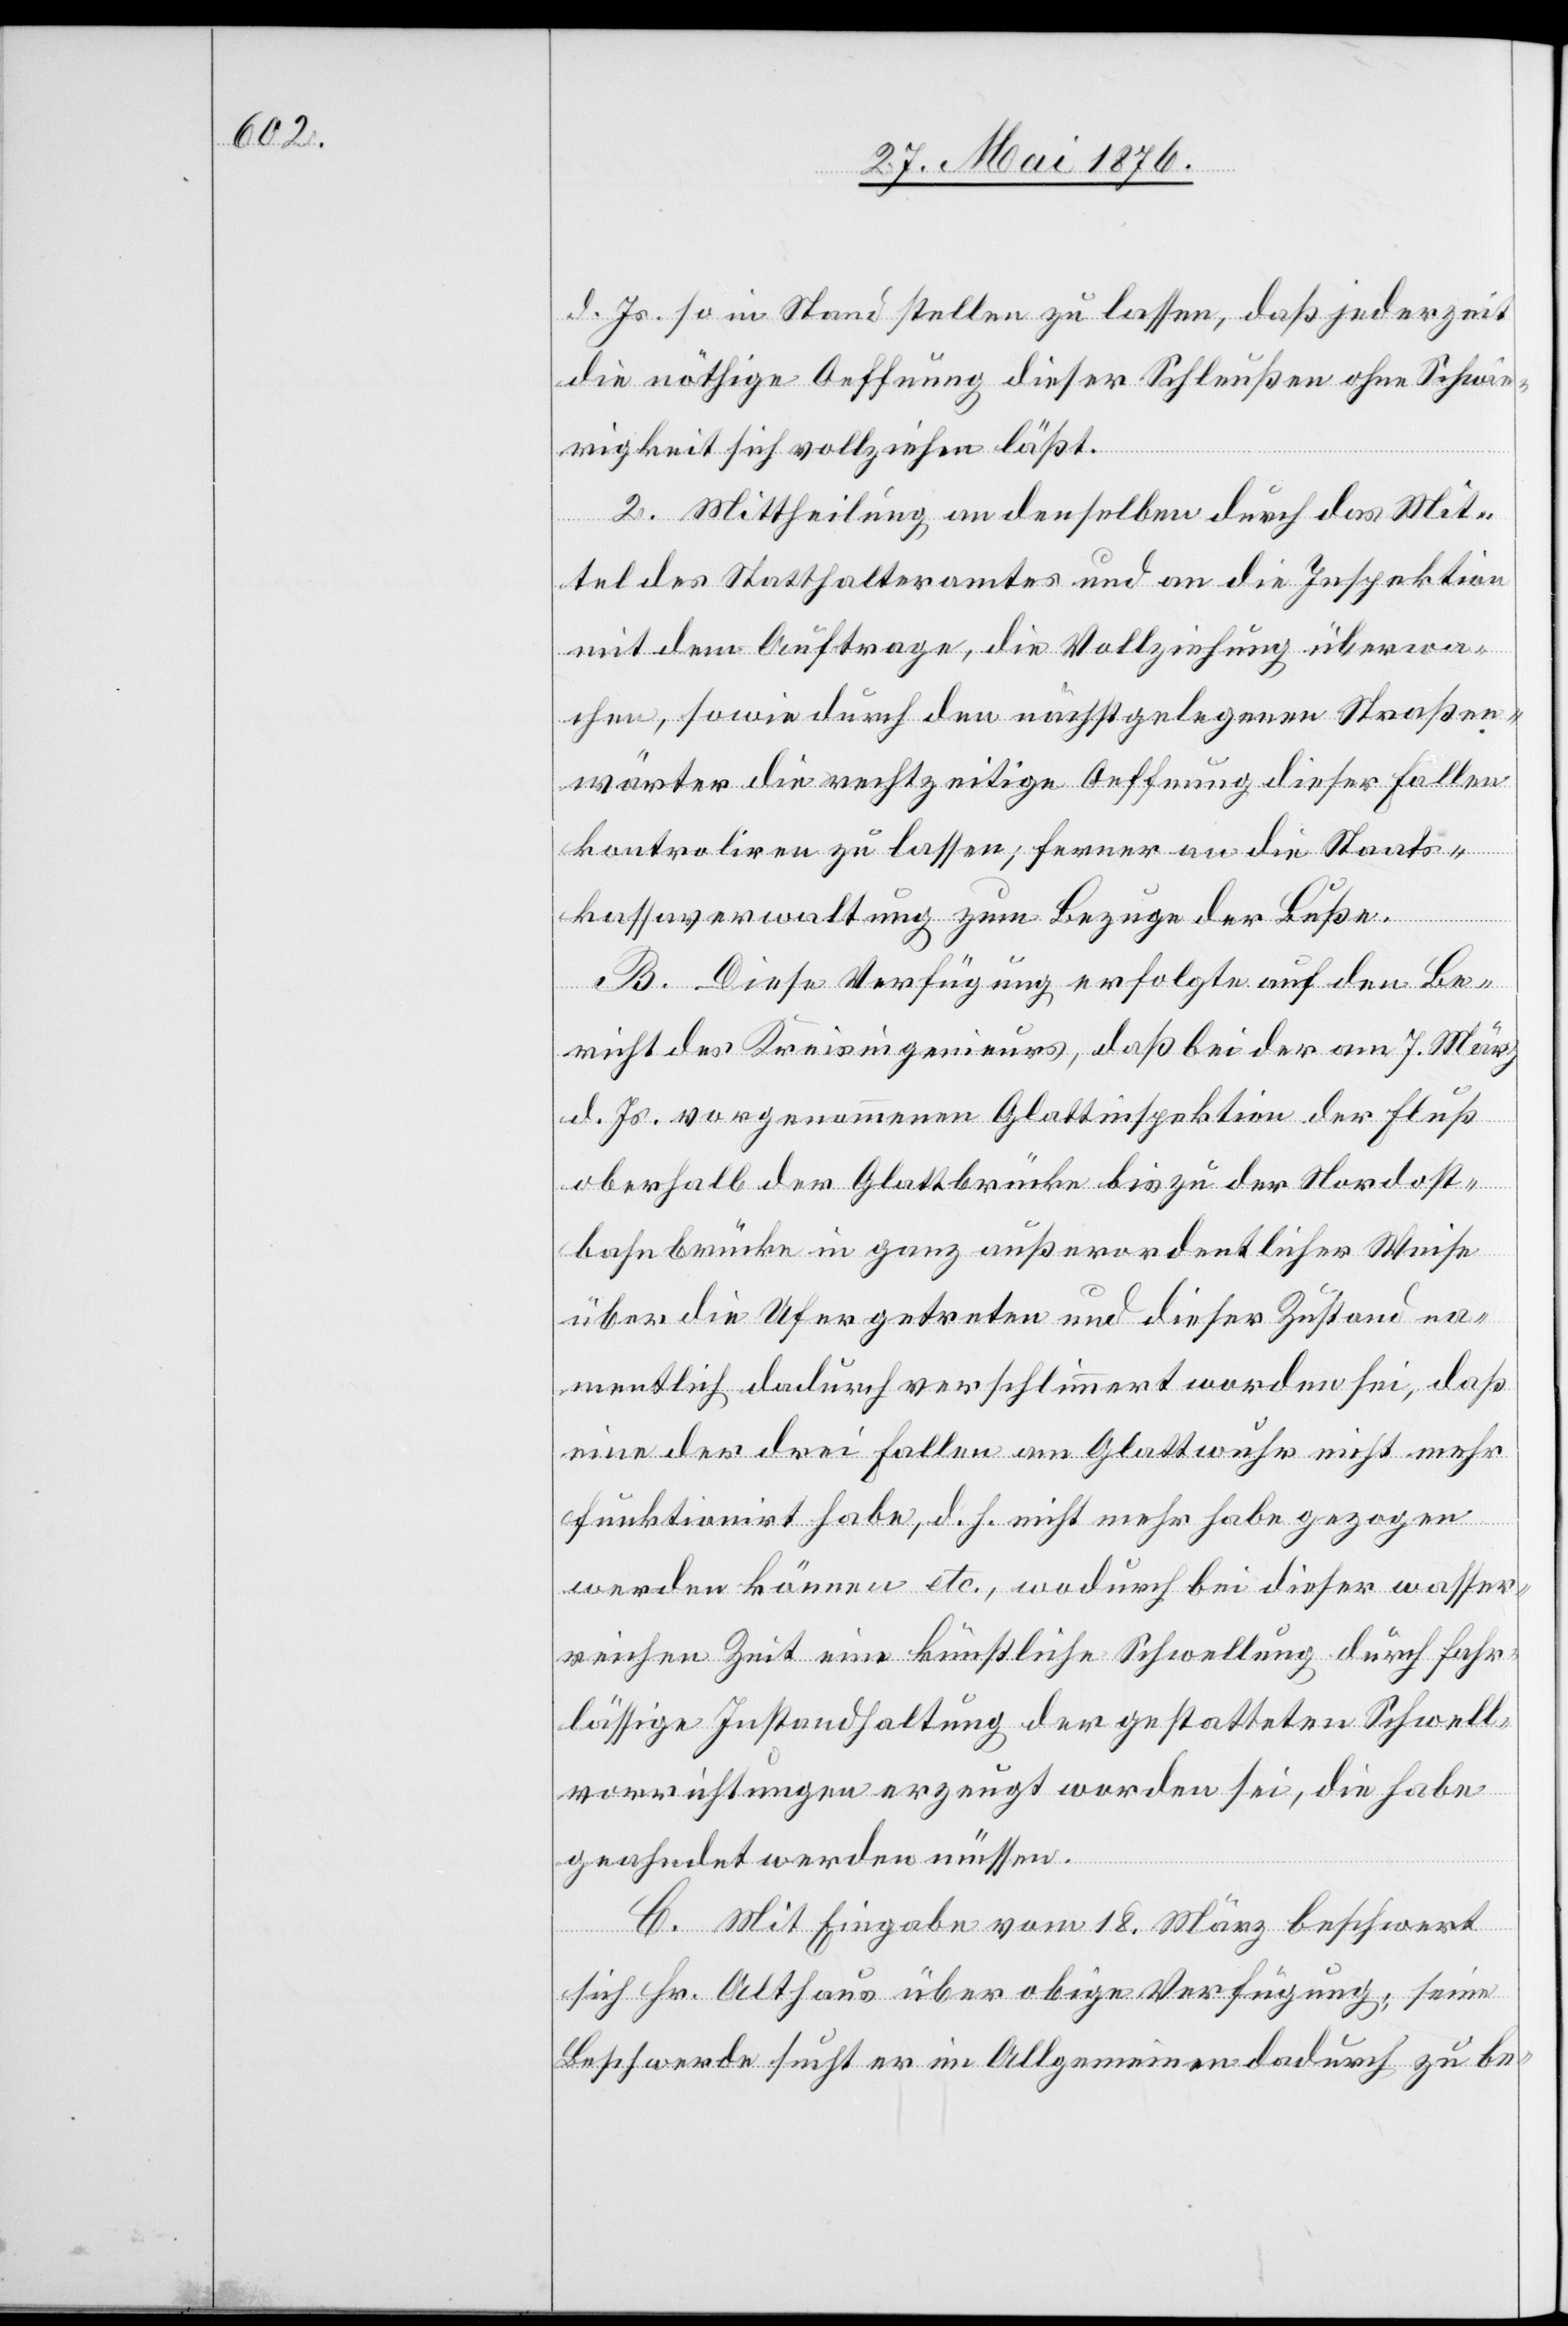
d. Js. so in Stand stellen zu lassen, daß jederzeit
die nöthige Oeffnung dieser Schleuße ohne Schwie¬
rigkeit sich vollziehen läßt.
2. Mittheilung an denselben durch das Mit¬
tel des Statthalteramtes und an die Inspektion
mit dem Auftrage, die Vollziehung überwa¬
chen, sowie durch den nächstgelegenen Straßen¬
wärter die rechtzeitige Oeffnung dieser Fallen
kontroliren [sic!] zu lassen; ferner an die Staats¬
kassaverwaltung zum Bezuge der Buße.
B. Diese Verfügung erfolgte auf den Be¬
richt des Kreisingenieurs, daß bei der am 7. März
d. Js. vorgenommenen Glattinspektion der Fluß
oberhalb der Glattbrücke bis zu der Nordost¬
bahnbrücke in ganz außerordentlicher Weise
über die Ufer getreten und dieser Zustand na¬
mentlich dadurch verschlimmert worden sei, das
eine der drei Fallen am Glattwuhr nicht mehr
funktionirt habe, d. h. nicht mehr habe gezogen
werden können etc., wodurch bei dieser wasser¬
reichen Zeit eine künstliche Schwellung durch fahr¬
lässige Instandhaltung der gestatteten Schwell¬
vorrichtungen erzeugt worden sei, die habe
geahndet werden müssen.
C. Mit Eingabe vom 18. März beschwert
sich Hr. Althaus über obige Verfügung; seine
Beschwerde sucht er im Allgemeinen dadurch zu be-